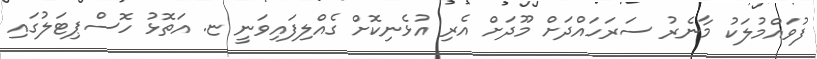
ފުވައްމުލަކު މާނެރު ސަރަހައްދަށް މޫދަށް އެރި އުޅެނިކޮށް ގެއްލިފައިވަނީ ޏ. އަތޮޅު ހޮސްޕިޓަލުގައި